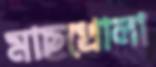
মাছখোলা